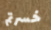
خسرتم